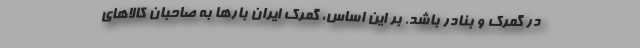
در گمرک و بنادر باشد. بر این اساس، گمرک ایران بارها به صاحبان کالاهای